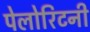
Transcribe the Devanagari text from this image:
पेलोरिटनी